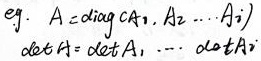
若\(A \mathop{=}\limits^{diag} \begin{pmatrix}A_{1}& & \\ & A_{2}& \\ & & \ddots & \\ & & & A_{s}\end{pmatrix}\)，则\(\det A = \det A_{1}\cdot \cdots \cdot \det A_{s}\)